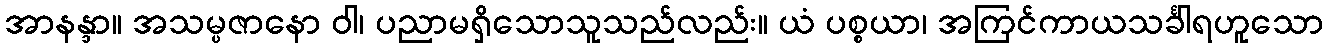
အာနန္ဒာ။ အသမ္ပဇာနော ဝါ၊ ပညာမရှိသောသူသည်လည်း။ ယံ ပစ္စယာ၊ အကြင်ကာယသင်္ခါရဟူသော